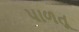
પાળતૂ